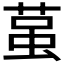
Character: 𮏲